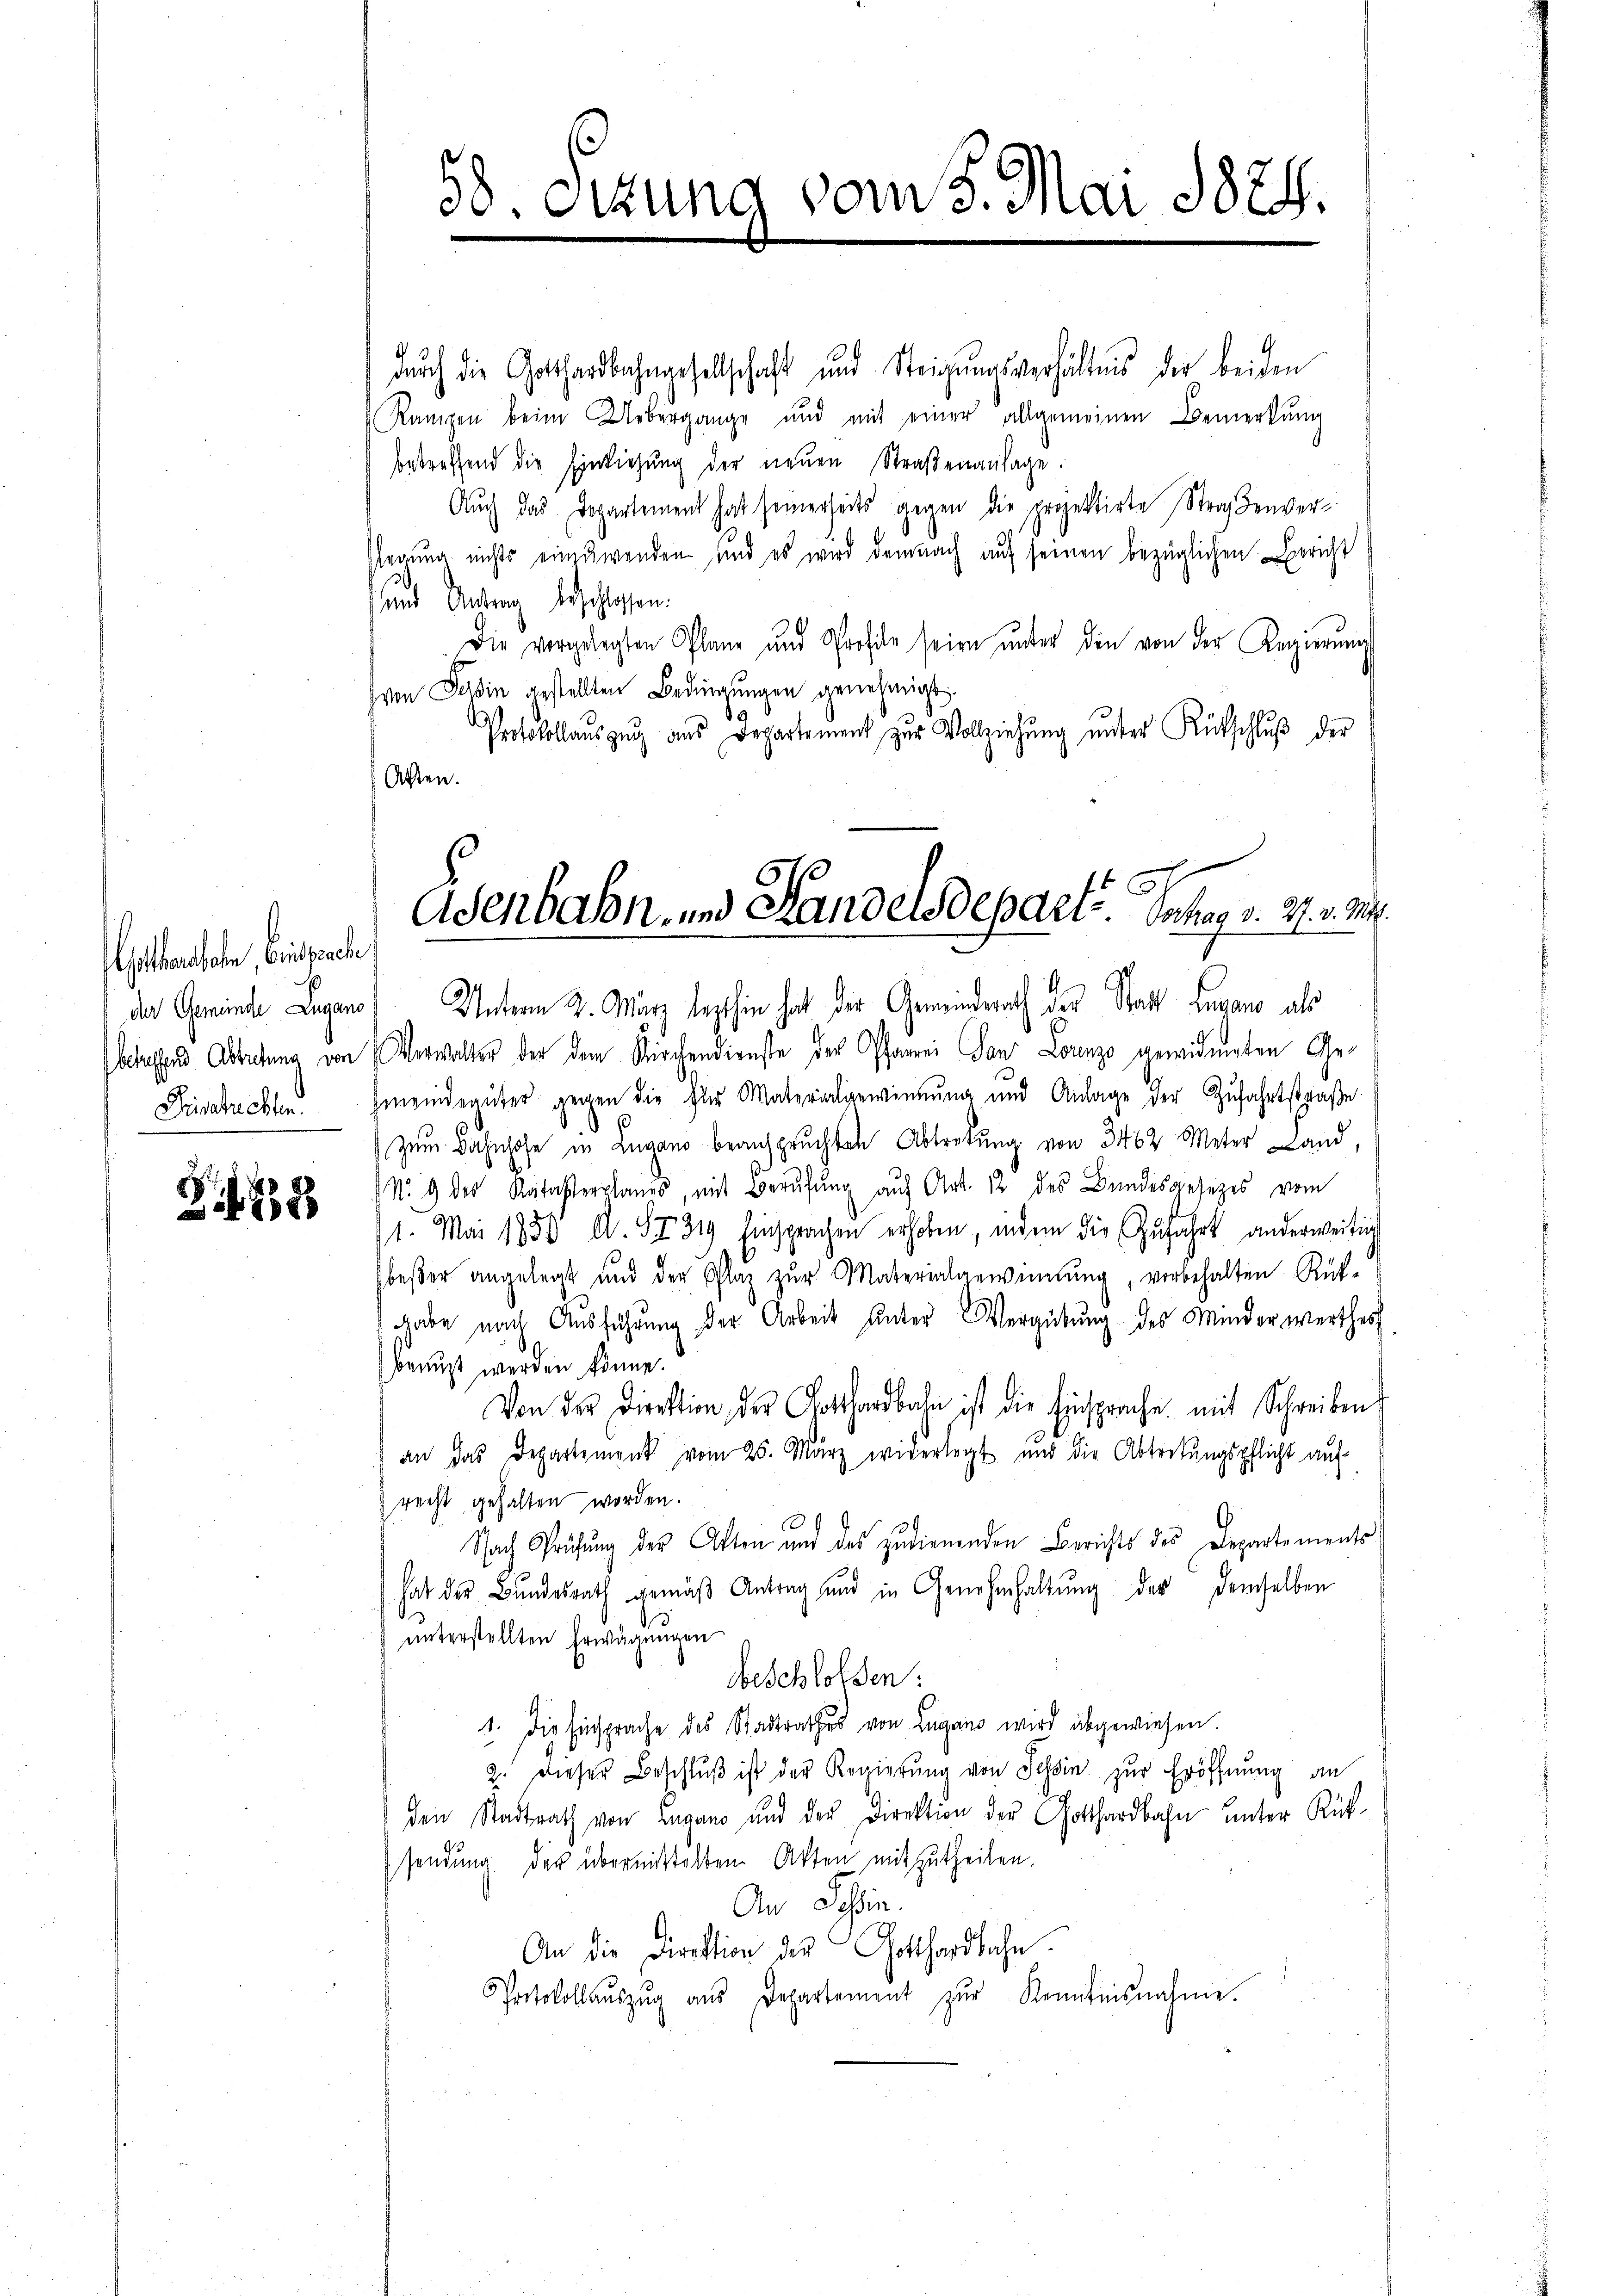
Gothansholm, Beisprach
der Gemeinde Lugane
betreffend Abtretung von
Disserehlen.

Z428

dŭrch die Gotthardbahngesellschaft und Steigŭngsverhältnis der beiden
Rampen beim Uebergange und mit einer allgemeinen Bemerkŭng
betreffend die Einziehŭng der neŭen Straßenanlage:
Auch das Departement hat seinerseits gegen die projektirte Straßenver¬
Regung nichts einzuwenden, und es wird demnach auf seinen bezüglichen Bericht
sund Antrag beschlossen.
Die vorgelegten Plane und Profile seien unter den von der Regierung
ven Tessin gestellten Bedingŭngen genehmigt.
Protokollaŭszŭg aŭs Departement zur Vollziehŭng ŭnter Rückschlŭβ der
Atten.

58. Sezung vom 5. Mai 1824.

Adenbahn- und Handelsdeparte. Schag v. 27. v. M.

Unterm 3. März lezthin hat der Gemeindrath des Stadt Lugano als
Verwalter der dem Kirchendienste der Pfarrei Tanz Lounzo gewidmeten Gegmeindegüter gegen die für Materialgewinnung und Anlage der Zŭfahrtstraße
¬
Zum Bahnhofe in Lugano beanspruchten Abtretung von 3462 Meter Land,
No. 4 des Katasterplanes, mit Berŭfŭng auf Art. 12 des Bundesgesetzes vom
11. Mai 1858 A. 87 319 Einsprachen erhoben, indem die Zŭfahrt anderweitig
beßer angelegt und der Plaz zur Materialgewinnung, vorbehalten Rück-
ghabe nach Ausführung der Arbeit unter Vergütung des Minderwerthes
kreuzt werden könne.
Von der Direktion der Gotthardbahn ist die Einsprache mit Schreiben
an das Departement vom 25. März widerlegt und die Abtretungspflicht auf
recht gehalten worden.
Nach Prüfung der Akten und des zudienenden Berichts des Departements
hat der Bundesrath gemäß Antrag und in Genehmhaltŭng der demselben
unterstellten Erwägungen
bbeschlossen:
1. Die Einsprache des Stadtrathes von Lugano wird abgewiesen.
2. dieser Beschlŭβ ist der Regierŭng von Tessin zur Eröffnung an
den Stadtrath von Lugano und der Direktion der Gotthardbahn unter Rüksendung der übermittelten Akten mitzutheilen.
An Schlie
An die Direktion der Gotthardbahn.
Protokollaŭszŭg aŭs Departement zŭr Kenntnisnahme.